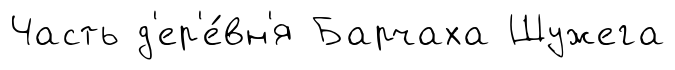
Часть д'ер'е́вн'я Барчаха Шужега